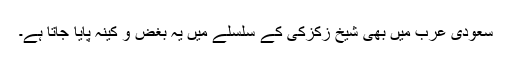
سعودی عرب میں بھی شیخ زکزکی کے سلسلے میں یہ بغض و کینہ پایا جاتا ہے۔